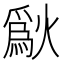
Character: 𤏜